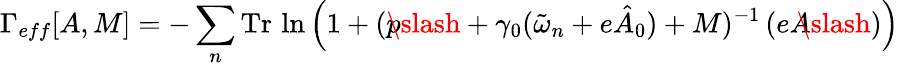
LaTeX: \Gamma_{eff}[A,M]=-\sum_{n}\mathrm{Tr}\, \ln\left(1+(p\! \! \! \slash+\gamma_{0}(\tilde{\omega}_{n}+e\hat{A}_{0})+M)^{-1}\, (eA\! \! \! \slash)\right)